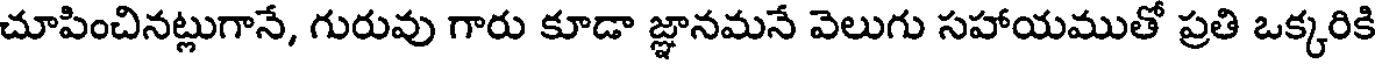
చూపించినట్లుగానే, గురువు గారు కూడా జ్ఞానమనే వెలుగు సహాయముతో ప్రతి ఒక్కరికి